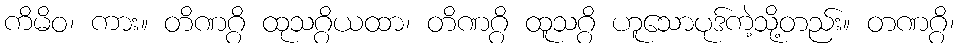
ကိမိဝ၊ ကား။ တိဏဂ္ဂိ ထုသဂ္ဂိယထာ၊ တိဏဂ္ဂိ ထူသဂ္ဂိ ဟူသောပုဒ်ကဲ့သို့တည်း။ တဏဂ္ဂိ၊